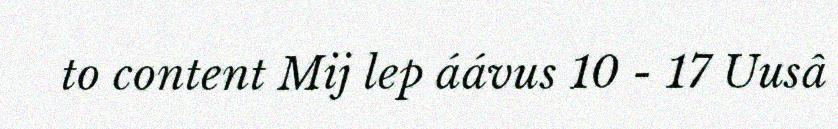
to content Mij lep áávus 10 - 17 Uusâ